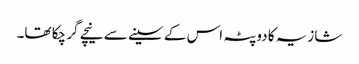
شازیہ کا دوپٹہ اس کے سینے سے نیچے گر چکا تھا۔